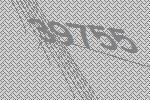
39755